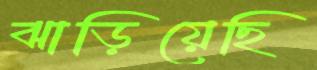
ঝাড়িয়েছি